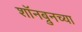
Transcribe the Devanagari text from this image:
शॉनब्रुनच्या